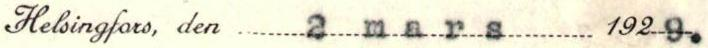
Helsingfors, den  2 mars 1929.